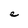
Character: e